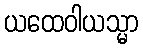
ယထေဝါယသ္မာ